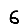
Digit: 6